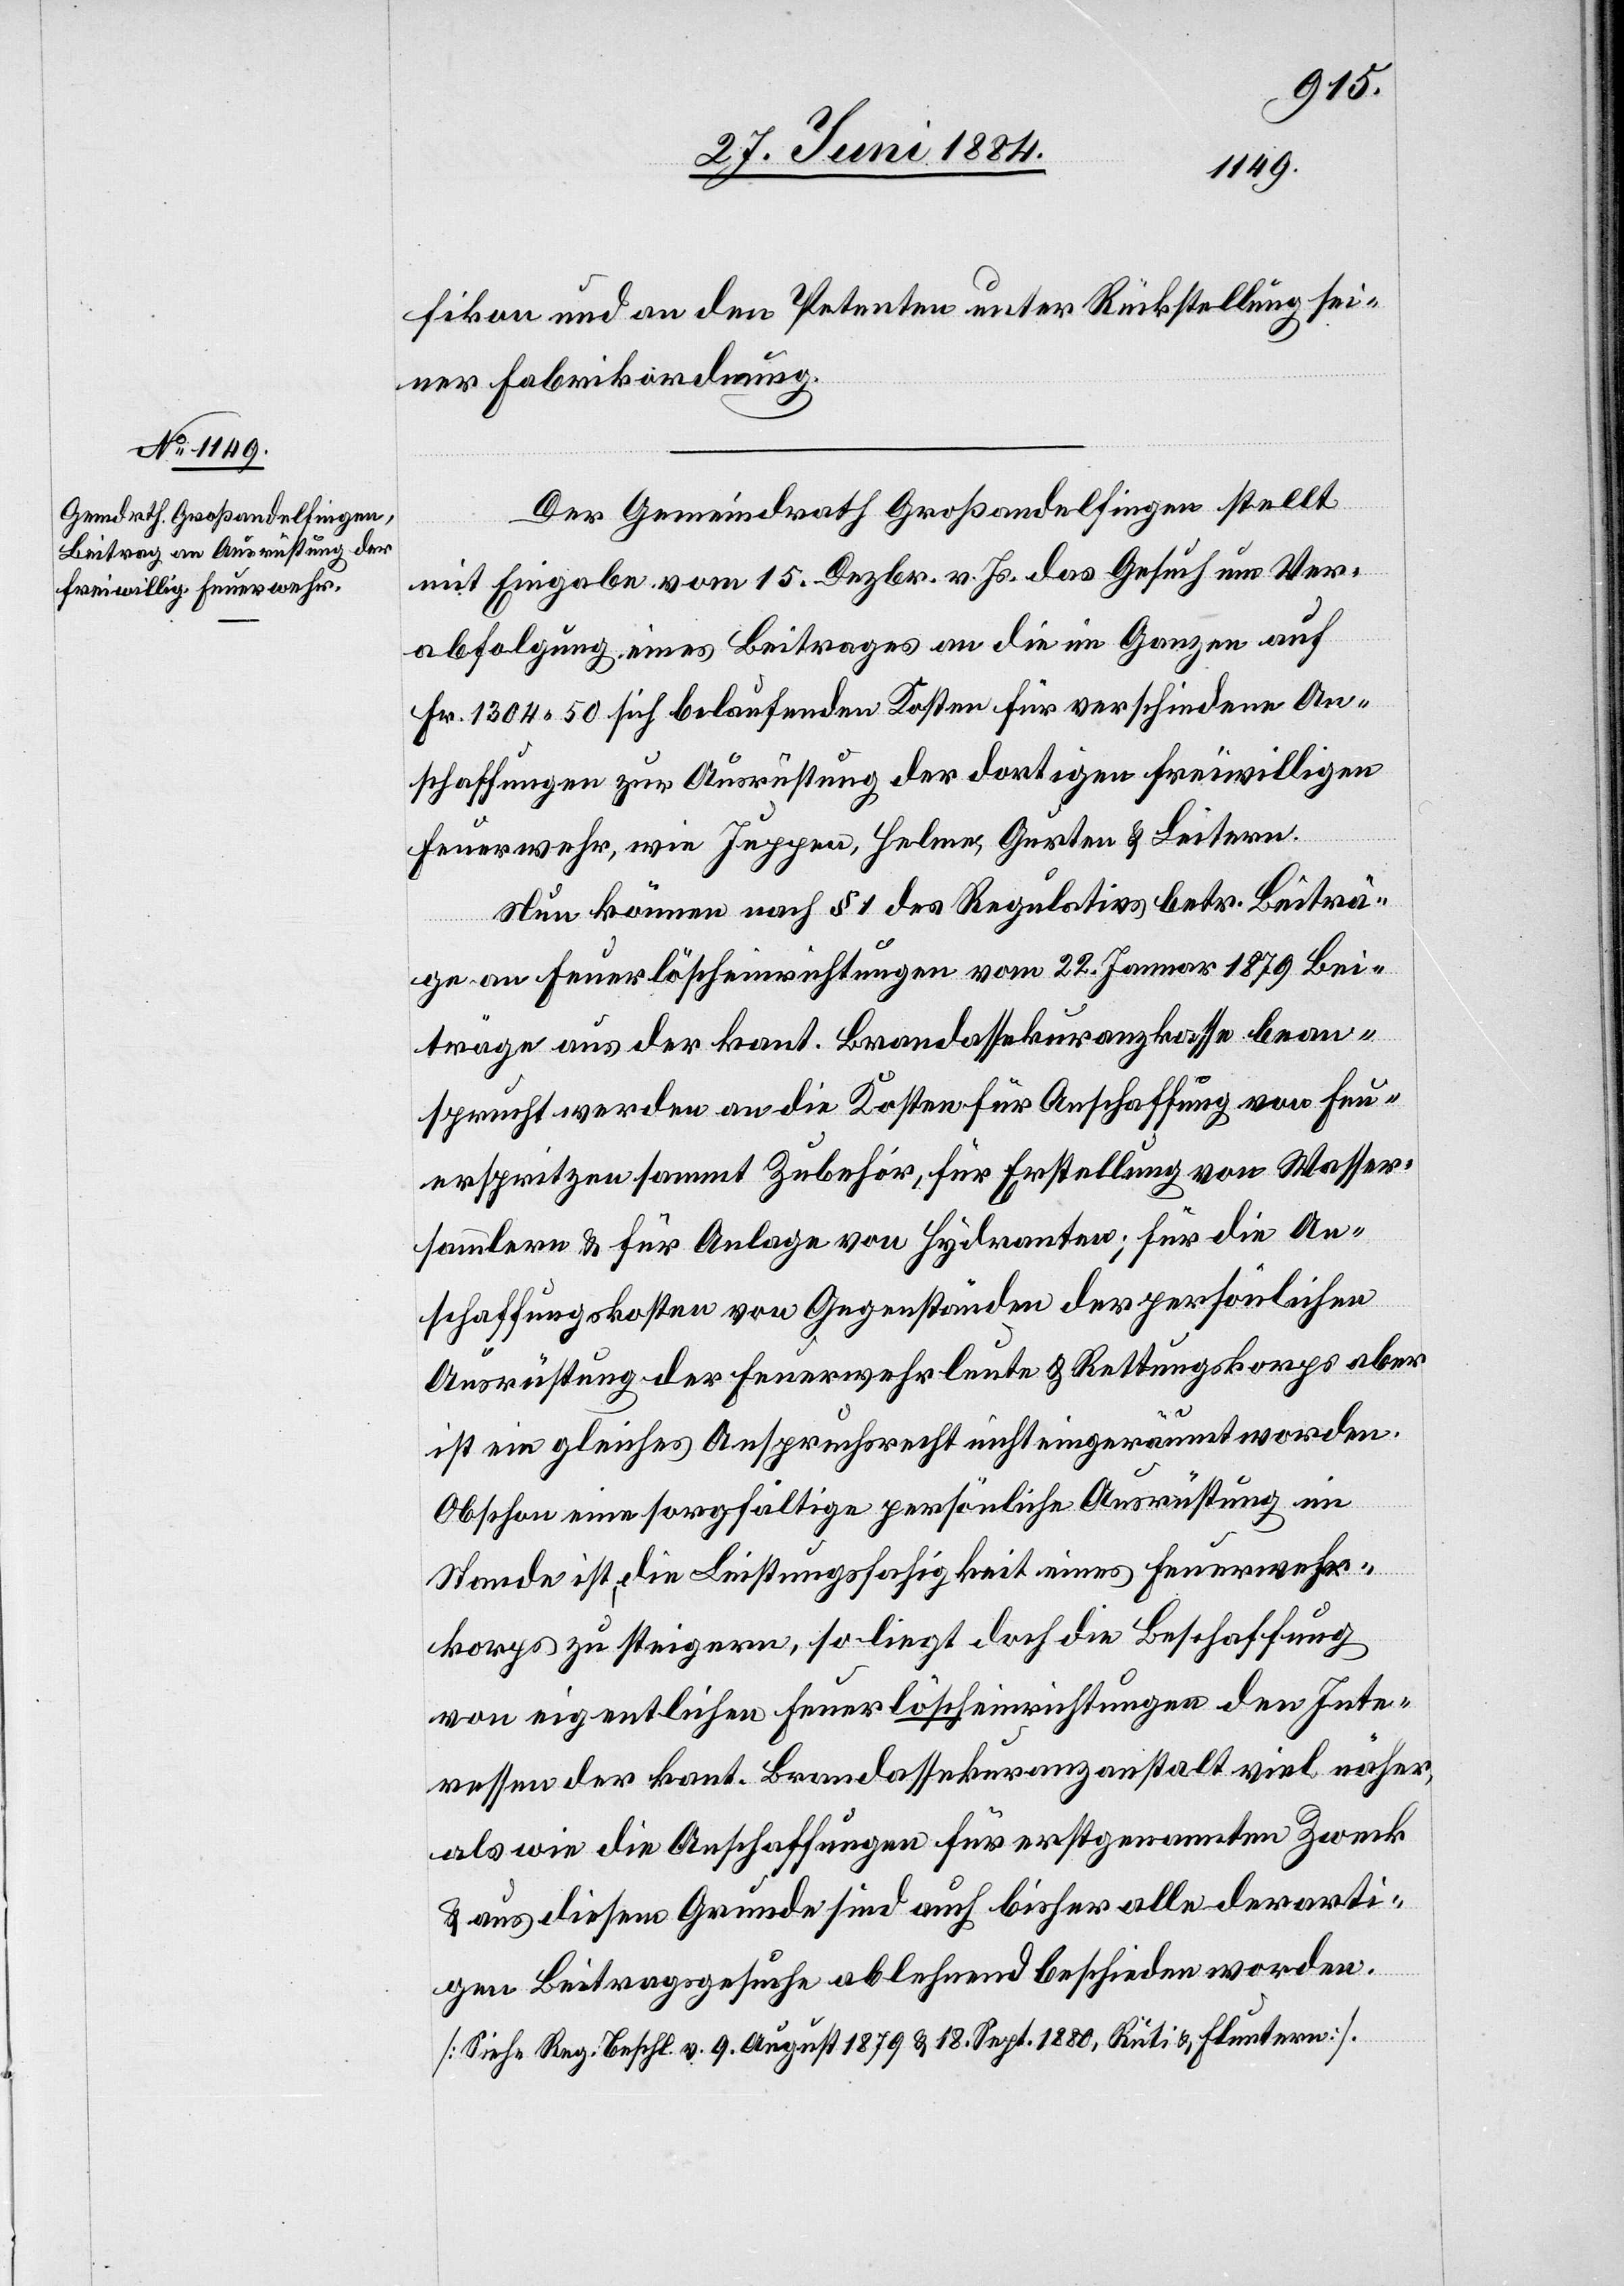
fikon und an den Petenten unter Rückstellung sei¬
ner Fabrikordnung.
Der Gemeindrath Großandelfingen stellt
mit Eingabe vom 15. Dezbr. v. Js. das Gesuch um Ver¬
abfolgung eines Beitrages an die im Ganzen auf
Fr. 1304 50 sich belaufenden Kosten für verschiedene An¬
schaffungen zur Ausrüstung der dortigen freiwilligen
Feuerwehr, wie Juppen, Helme, Gurten & Leitern.
Neu können nach § 1 des Regulativs betr. Beiträ¬
ge an Feuerlöscheinrichtungen vom 22. Januar 1879 Bei¬
träge aus der kant. Brandassekuranzkasse bean¬
sprucht werden an die Kosten für Anschaffung von Feu¬
erspritzen sammt Zubehör, für Erstellung von Wasser¬
sammlern & für Anlage von Hydranten; für die An¬
schaffungskosten von Gegenständen der persönlichen
Ausrüstung der Feuerwehrleute & Rettungskorps aber
ist ein gleiches Anspruchsrecht nicht eingeräumt worden.
Obschon eine sorgfältige persönliche Ausrüstung im
Stande ist, die Leistungsfähigkeit eines Feuerwehr¬
korps zu steigern, so liegt doch die Beschaffung
von eigentlichen Feuerlöscheinrichtungen den Inte¬
ressen der kant. Brandassekuranzanstalt viel näher,
als wie die Anschaffungen für erstgenannten Zweck
& aus diesem Grunde sind auch bisher alle derarti¬
gen Beitragsgesuche ablehnend beschieden worden.
[Siehe Reg. beschl. v. 9. August 1879 & 18. Sept. 1880, Rüti & Fluntern].